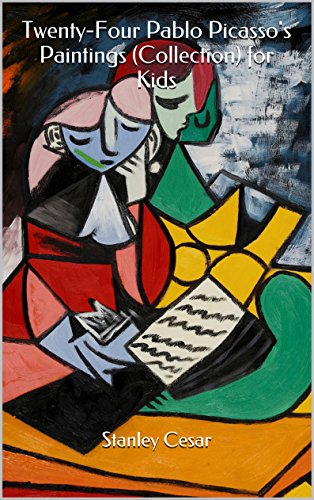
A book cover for Twenty-Four Pablo Picasso's Paintings (Collection) for Kids; Stanley Cesar; Cookbooks, Food & Wine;